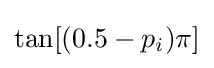
\tan[(0.5-p_{i})\pi ]